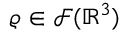
\varrho \in \mathcal { F } ( \mathbb { R } ^ { 3 } )